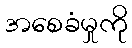
အစေခံမှုကို